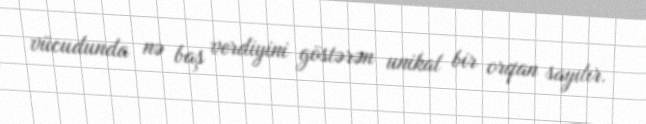
vücudunda nə baş verdiyini göstərən unikal bir orqan sayılır.